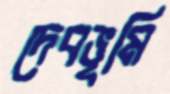
দেবভূমি